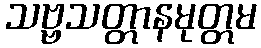
သဗ္ဗသတ္တာနမုတ္တမ